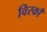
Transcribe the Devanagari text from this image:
विरकाँ